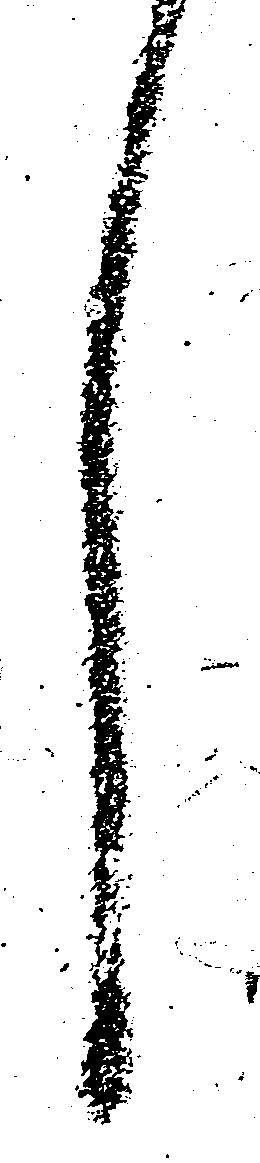
し